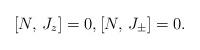
LaTeX: \begin{align*}[N, \, J_z] = 0, [N, \, J_\pm] = 0.\end{align*}